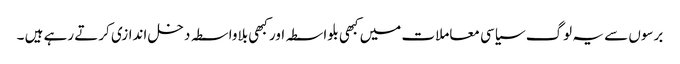
برسوں سے یہ لوگ سیاسی معاملات میں کبھی بلواسطہ اور کبھی بلاواسطہ دخل اندازی کرتے رہے ہیں ۔